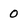
Character: 0